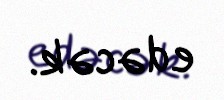
edəcək.